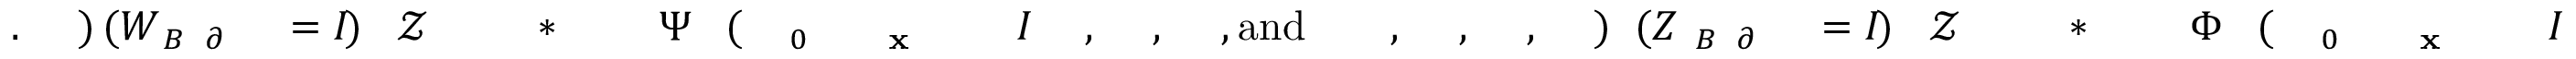
\! \! \! \! \! \! \! \! \! \! \! \! \! \! \! \! \! \! \! \! \! \! \! I \! \! \! \! \! \! \! \! \! \! \! \! _ { \! \! \! \! \! \! \! \! \! \! \! \! \mathbf { x } \! \! \! \! \! \! \! \! \! \! \! \! _ { \! } \! \! \! \! \! \! \! \! \! \! \! 0 } \! \! \! \! \! \! \! \! \! \! \! \! ( \! \! \! \! \! \! \! \! \! \! \! \! \Phi \! \! \! \! \! \! \! \! \! \! \! \! _ { \! } \! \! \! \! \! \! \! \! \! \! \! * \! \! \! \! \! \! \! \! \! \! \! \! \! \! \! \! \! \! \! \! \! \! \! \! \ensuremath { \mathcal { Z } } \! \! \! \! \! \! \! \! \! \! \! \! ) \! \! \! \! \! \! \! \! \! \! \! \! = I \! \! \! \! \! \! \! \! \! \! \! \! _ { \! \! \! \! \! \! \! \! \! \! \! \! \partial \! \! \! \! \! \! \! \! \! \! \! \! B } \! \! \! \! \! \! \! \! \! \! \! \! ( Z \! \! \! \! \! \! \! \! \! \! \! \! ) \! \! \! \! \! \! \! \! \! \! \! \! , \! \! \! \! \! \! \! \! \! \! \! \! , \! \! \! \! \! \! \! \! \! \! \! \! , \! \! \! \! \! \! \! \! \! \! \! \! \! \! \! \! \! \! \! \! \! \! \! \! \mathrm { a n d } \! \! \! \! \! \! \! \! \! \! \! \! , \! \! \! \! \! \! \! \! \! \! \! \! , \! \! \! \! \! \! \! \! \! \! \! \! , \! \! \! \! \! \! \! \! \! \! \! \! I \! \! \! \! \! \! \! \! \! \! \! \! _ { \! \! \! \! \! \! \! \! \! \! \! \! \mathbf { x } \! \! \! \! \! \! \! \! \! \! \! \! _ { \! } \! \! \! \! \! \! \! \! \! \! \! 0 } \! \! \! \! \! \! \! \! \! \! \! \! ( \! \! \! \! \! \! \! \! \! \! \! \! \Psi \! \! \! \! \! \! \! \! \! \! \! \! _ { \! } \! \! \! \! \! \! \! \! \! \! \! * \! \! \! \! \! \! \! \! \! \! \! \! \! \! \! \! \! \! \! \! \! \! \! \! \ensuremath { \mathcal { Z } } \! \! \! \! \! \! \! \! \! \! \! \! ) \! \! \! \! \! \! \! \! \! \! \! \! = I \! \! \! \! \! \! \! \! \! \! \! \! _ { \! \! \! \! \! \! \! \! \! \! \! \! \partial \! \! \! \! \! \! \! \! \! \! \! \! B } \! \! \! \! \! \! \! \! \! \! \! \! ( W \! \! \! \! \! \! \! \! \! \! \! \! ) \! \! \! \! \! \! \! \! \! \! \! \! . \! \! \! \! \! \! \! \! \! \! \! \! \! \! \! \! \! \! \! \! \! \! \!